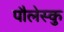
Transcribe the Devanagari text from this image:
पौलेस्कु